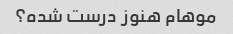
موهام هنوز درست شده؟